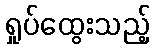
ရှုပ်ထွေးသည့်